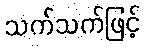
သက်သက်ဖြင့်